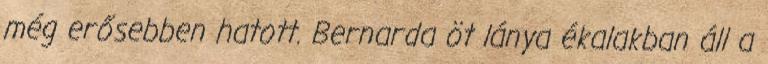
még erősebben hatott. Bernarda öt lánya ékalakban áll a